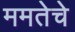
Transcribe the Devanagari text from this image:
ममतेचे